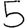
Digit: 5